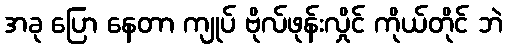
အခု ပြော နေတာ ကျုပ် ဗိုလ်ဖုန်းလှိုင် ကိုယ်တိုင် ဘဲ